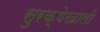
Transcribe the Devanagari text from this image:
सुरक्षेखाली